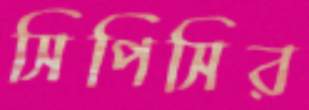
সিপিসির